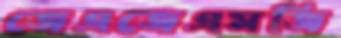
জেএজেএমজি